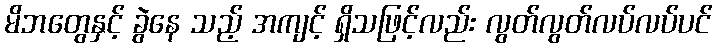
မိဘတွေနှင့် ခွဲနေ သည့် အကျင့် ရှိသဖြင့်လည်း လွတ်လွတ်လပ်လပ်ပင်